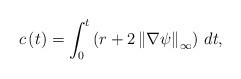
LaTeX: \begin{align*}c\left(t\right)=\int_0^t\left(r+2\left\|\nabla\psi\right\|_{\infty}\right)\,dt,\end{align*}